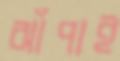
ঝাঁপাই